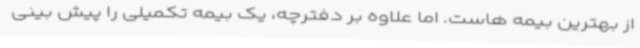
از بهترین بیمه هاست. اما علاوه بر دفترچه، یک بیمه تکمیلی را پیش بینی